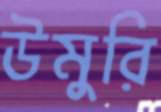
উমুরি